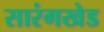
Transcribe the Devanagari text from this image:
सारंगखेड